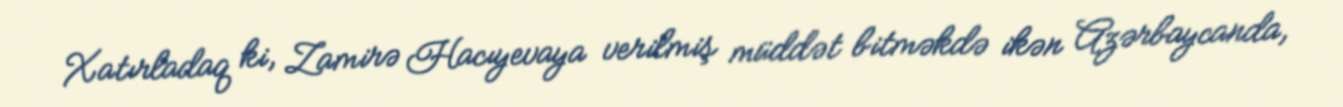
Xatırladaq ki, Zamirə Hacıyevaya verilmiş müddət bitməkdə ikən Azərbaycanda,